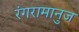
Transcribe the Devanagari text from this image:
रंगरामानुज